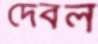
দেবল